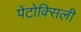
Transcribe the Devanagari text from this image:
पेंटोक्सिली